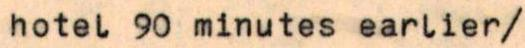
hotel 90 minutes earlier/